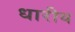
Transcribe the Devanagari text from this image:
धारीय